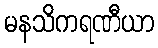
မနသိကရဏီယာ